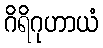
ဂိရိဂုဟာယံ